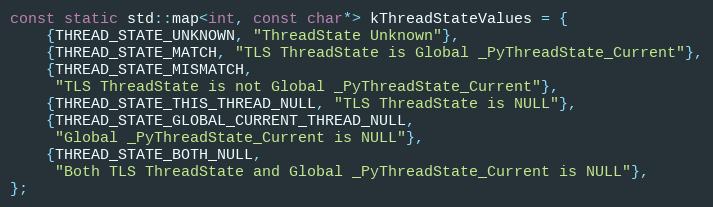
Language: C++
const static std::map<int, const char*> kThreadStateValues = {
    {THREAD_STATE_UNKNOWN, "ThreadState Unknown"},
    {THREAD_STATE_MATCH, "TLS ThreadState is Global _PyThreadState_Current"},
    {THREAD_STATE_MISMATCH,
     "TLS ThreadState is not Global _PyThreadState_Current"},
    {THREAD_STATE_THIS_THREAD_NULL, "TLS ThreadState is NULL"},
    {THREAD_STATE_GLOBAL_CURRENT_THREAD_NULL,
     "Global _PyThreadState_Current is NULL"},
    {THREAD_STATE_BOTH_NULL,
     "Both TLS ThreadState and Global _PyThreadState_Current is NULL"},
};